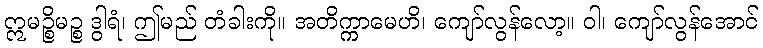
ဣမဉ္စိမဉ္စ ဒွါရံ၊ ဤမည် တံခါးကို။ အတိက္ကာမေဟိ၊ ကျော်လွန်လော့။ ဝါ၊ ကျော်လွန်အောင်